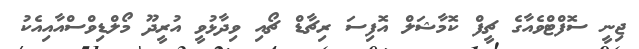
ޖިނީ ސޮފްޓްވެއާގެ ޗީފް ކޮމާޝަލް އޮފިސަ ރިޗާޑް ޗޯއި ވިދާޅުވީ އުރީދޫ މޯލްޑިވްސްއާއިއެކު